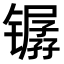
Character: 𫔏